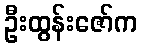
ဦးထွန်းဇော်က